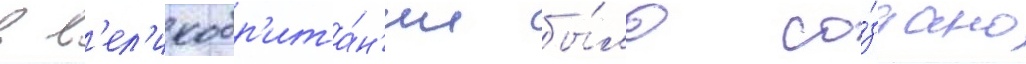
в в'ел'икобр'ита́н'ии бы́ло со́здано